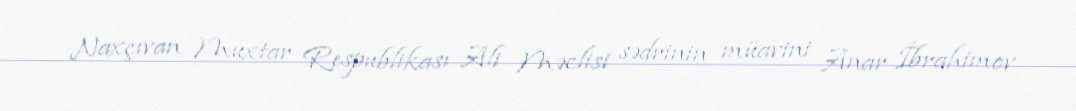
Naxçıvan Muxtar Respublikası Ali Məclisi sədrinin müavini Anar İbrahimov